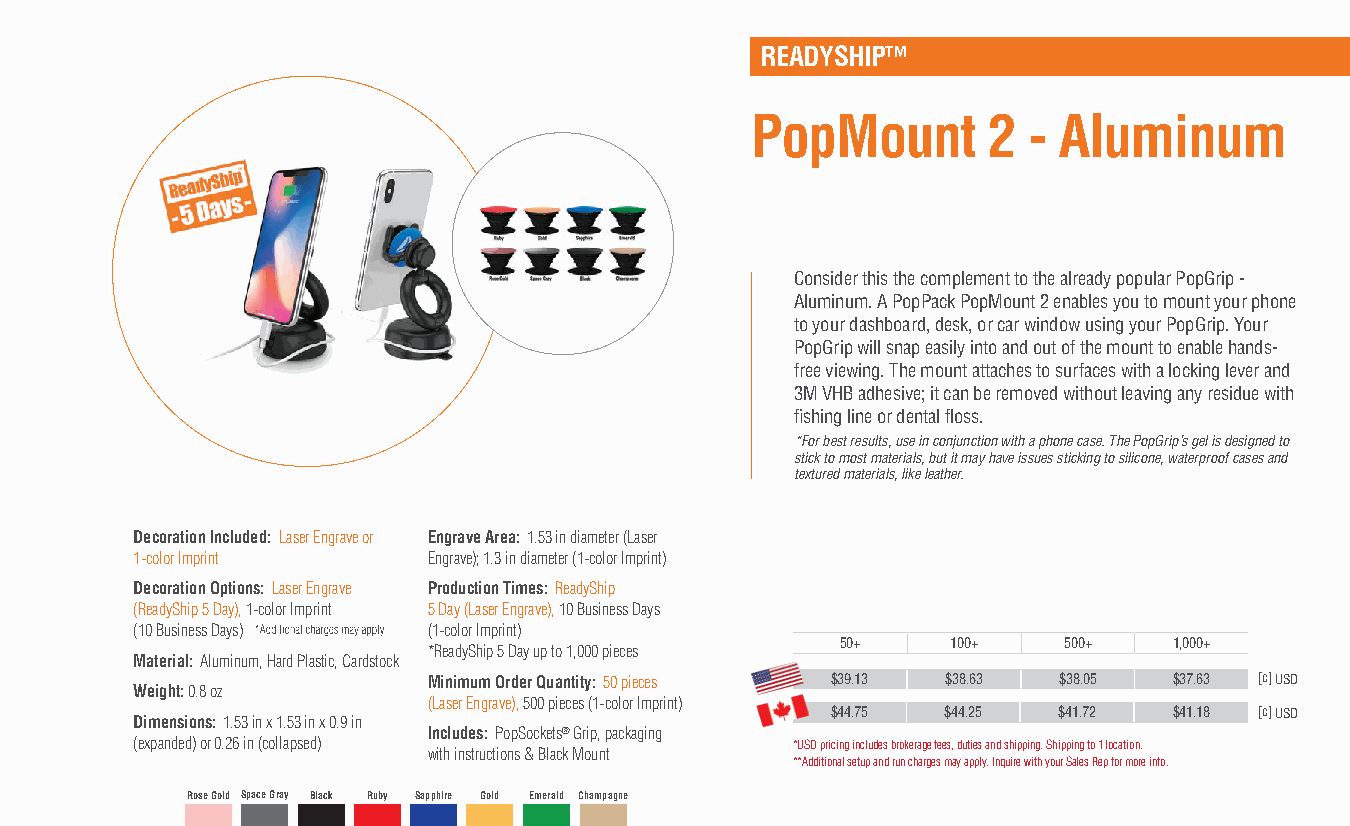
READYSHIP™
 PopMount       2  - Aluminum
 Consider this the complement to the already popular PopGrip -
 Aluminum. A PopPack PopMount 2 enables you to mount your phone
 to your dashboard, desk, or car window using your PopGrip. Your
 PopGrip will snap easily into and out of the mount to enable hands-
 free viewing. The mount attaches to surfaces with a locking lever and
 3M VHB adhesive; it can be removed without leaving any residue with
 fishing line or dental floss.
 *For best results, use in conjunction with a phone case. The PopGrip’s gel is designed to
 stick to most materials, but it may have issues sticking to silicone, waterproof cases and
 textured materials, like leather.
 Decoration Included: Laser Engrave or Engrave Area: 1.53 in diameter (Laser
 1-color Imprint    Engrave); 1.3 in diameter (1-color Imprint)
 Decoration Options: Laser Engrave Production Times: ReadyShip
 (ReadyShip 5 Day), 1-color Imprint 5 Day (Laser Engrave), 10 Business Days
 (10 Business Days) (1-color Imprint)
 50+    100+   500+    1,000+
 *ReadyShip 5 Day up to 1,000 pieces
 Material: Aluminum, Hard Plastic, Cardstock
 Minimum Order Quantity: 50 pieces $39.13 $38.63 $38.05 $37.63 [c] USD
 Weight: 0.8 oz
 (Laser Engrave), 500 pieces (1-color Imprint)
 $44.75  $44.25 $41.72  $41.18 [c] USD
 Dimensions: 1.53 in x 1.53 in x 0.9 in
 Includes: PopSockets® Grip, packaging
 (expanded) or 0.26 in (collapsed)          *USD pricing includes brokerage fees, duties and shipping. Shipping to 1 location.
 with instructions & Black Mount
 **Additional setup and run charges may apply. Inquire with your Sales Rep for more info.
 Rose Gold Space Gray Black Ruby Sapphire Gold Emerald Champagne